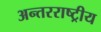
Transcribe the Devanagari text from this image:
अन्‍तरराष्ट्रीय